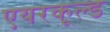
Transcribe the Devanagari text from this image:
एयरकूल्ड